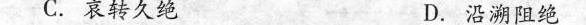
C.哀转久绝 D.沿溯阻绝